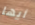
أيها